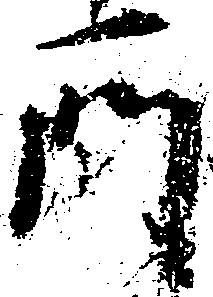
所